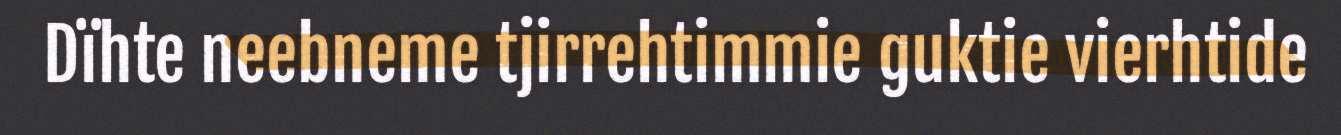
Dïhte neebneme tjirrehtimmie guktie vierhtide